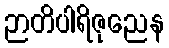
ဉာတိပါရိဇုညေန